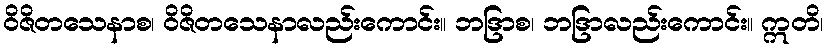
ဝိဇိတသေနာစ၊ ဝိဇိတသေနာလည်းကောင်း။ ဘဒြာစ၊ ဘဒြာလည်းကောင်း။ ဣတိ၊